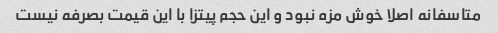
متاسفانه اصلا خوش مزه نبود و این حجم پیتزا با این قیمت بصرفه نیست